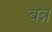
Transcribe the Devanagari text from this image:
बन्न